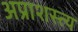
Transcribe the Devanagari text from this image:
अप्राशस्त्य